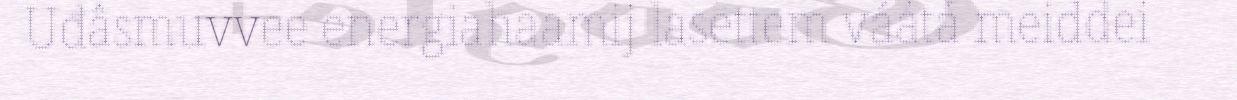
Uđâsmuvvee energiahaamij lasettem váátá meiddei